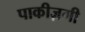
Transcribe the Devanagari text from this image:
पाकीज़गी